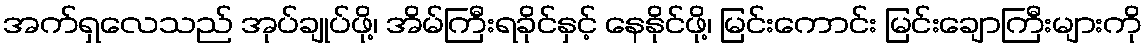
အက်ရှလေသည် အုပ်ချုပ်ဖို့၊ အိမ်ကြီးရခိုင်နှင့် နေနိုင်ဖို့၊ မြင်းကောင်း မြင်းချောကြီးများကို